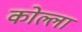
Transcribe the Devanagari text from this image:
कोल्ला